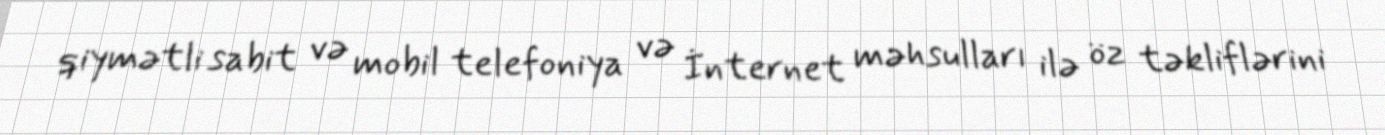
qiymətli sabit və mobil telefoniya və İnternet məhsulları ilə öz təkliflərini